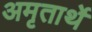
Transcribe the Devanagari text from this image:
अमृतार्थे